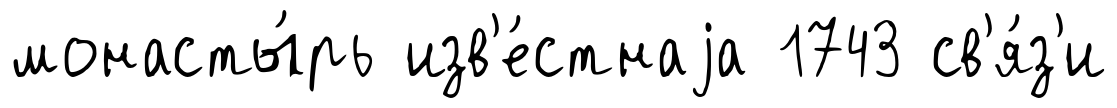
монасты́рь изв'е́стнаjа 1743 св'я́з'и